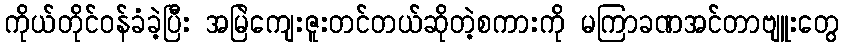
ကိုယ်တိုင်ဝန်ခံခဲ့ပြီး အမြဲကျေးဇူးတင်တယ်ဆိုတဲ့စကားကို မကြာခဏအင်တာဗျူးတွေ